Scientific memoirs by medical officers of the Army of India - Part VII,
Year: 1892
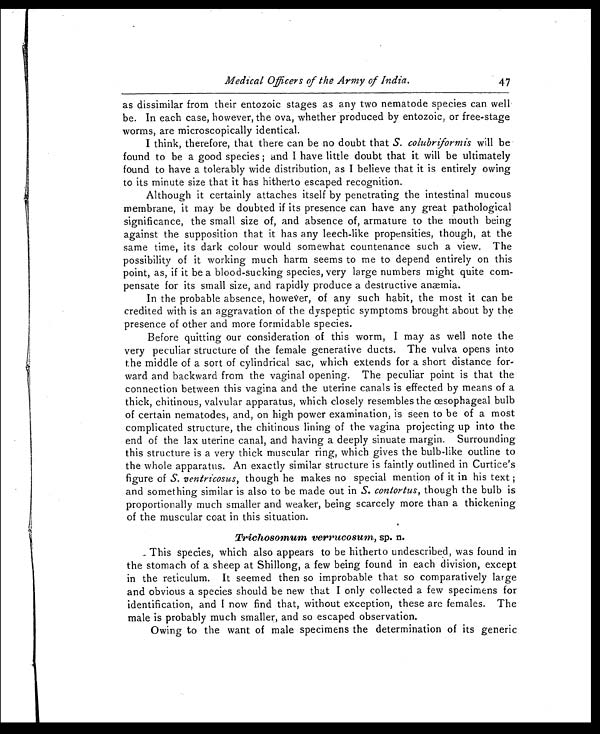
Medical Officers of the Army of India.
47
as dissimilar from their entozoic stages as any two nematode species can well
be. In each case, however, the ova, whether produced by entozoic, or free-stage
worms, are microscopically identical.
I think, therefore, that there can be no doubt that S. colubriformis will be
found to be a good species ; and I have little doubt that it will be ultimately
found to have a tolerably wide distribution, as I believe that it is entirely owing
to its minute size that it has hitherto escaped recognition.
Although it certainly attaches itself by penetrating the intestinal mucous
membrane, it may be doubted if its presence can have any great pathological
significance, the small size of, and absence of, armature to the mouth being
against the supposition that it has any leech-like propensities, though, at the
same time, its dark colour would somewhat countenance such a view. The
possibility of it working much harm seems to me to depend entirely on this
point, as, if it be a blood-sucking species, very large numbers might quite com-
pensate for its small size, and rapidly produce a destructive anæmia.
In the probable absence, however, of any such habit, the most it can be
credited with is an aggravation of the dyspeptic symptoms brought about by the
presence of other and more formidable species.
Before quitting our consideration of this worm, I may as well note the
very peculiar structure of the female generative ducts. The vulva opens into
the middle of a sort of cylindrical sac, which extends for a short distance for-
ward and backward from the vaginal opening. The peculiar point is that the
connection between this vagina and the uterine canals is effected by means of a
thick, chitinous, valvular apparatus, which closely resembles the œsophageal bulb
of certain nematodes, and, on high power examination, is seen to be of a most
complicated structure, the chitinous lining of the vagina projecting up into the
end of the lax uterine canal, and having a deeply sinuate margin. Surrounding
this structure is a very thick muscular ring, which gives the bulb-like outline to
the whole apparatus. An exactly similar structure is faintly outlined in Curtice's
figure of S. ventricosus, though he makes no special mention of it in his text ;
and something similar is also to be made out in S. contortus, though the bulb is
proportionally much smaller and weaker, being scarcely more than a thickening
of the muscular coat in this situation.
Trichosomum verrucosum, sp. n.
This species, which also appears to be hitherto undescribed, was found in
the stomach of a sheep at Shillong, a few being found in each division, except
in the reticulum. It seemed then so improbable that so comparatively large
and obvious a species should be new that I only collected a few specimens for
identification, and I now find that, without exception, these are females. The
male is probably much smaller, and so escaped observation.
Owing to the want of male specimens the determination of its generic